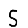
Digit: 5